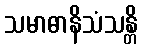
သမာဓာနိသံသန္တိ